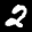
Label: 2